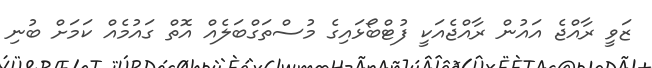
ޒަވީ ރާއްޖެ އައުން ރާއްޖެއަކީ ފުޓްބޯޅައިގެ މުސްތަގްބަލެއް އޮތް ގައުމެއް ކަމަށް ބުނި